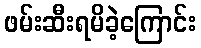
ဖမ်းဆီးရမိခဲ့ကြောင်း